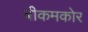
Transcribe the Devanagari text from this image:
बीकमकोर